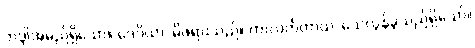
ဘဒ္ဒါအမည်ရှိသော။ ဒေဝိယာ၊ မိဖုရားသည်။ ကာလင်္ကတာယ၊ သေလွန်ခဲ့သည်ရှိသော်။